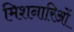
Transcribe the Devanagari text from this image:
मिशनारिओं